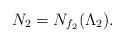
LaTeX: \begin{align*}N_2 = N_{f_2}(\Lambda_2). \end{align*}